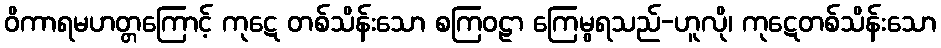
ဝိကာရမဟတ္တကြောင့် ကုဋေ တစ်သိန်းသော စကြဝဠာ ကြေမွရသည်-ဟူလို၊ ကုဋေတစ်သိန်းသော